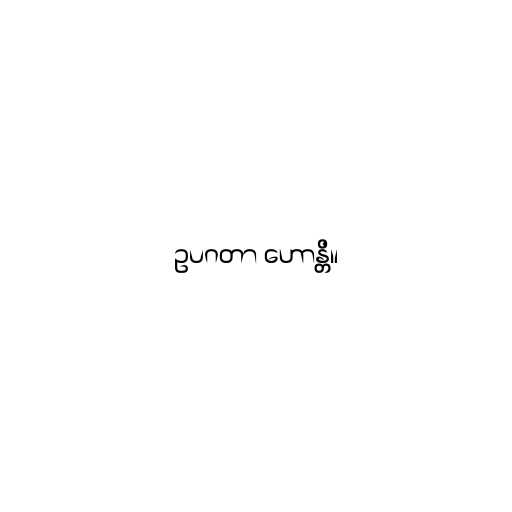
ဥပဂတာ ဟောန္တိ။